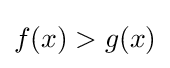
f(x)>g(x)